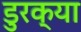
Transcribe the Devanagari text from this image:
डुरक्या